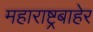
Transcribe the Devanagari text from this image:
महाराष्ट्रबाहेर